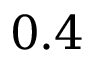
0 . 4